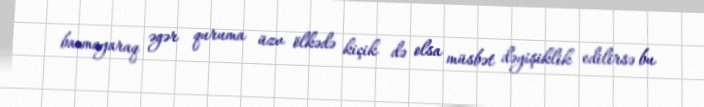
baxmayaraq əgər quruma üzv ölkədə kiçik də olsa müsbət dəyişiklik edilirsə bu